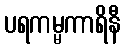
ပရကမ္မကာရိနီ